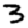
Digit: 3